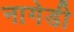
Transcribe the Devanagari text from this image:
नागेडी